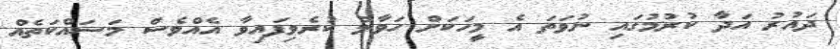
ދައުރު އަދާ ކުރުމުގައި ނުވަތަ އެ މީހަކަށް ހަވާލު ކުރެވިފައިވާ އެއްވެސް މަސައްކަތެއް